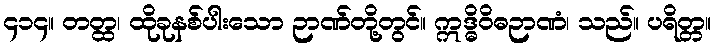
၄၁၄။ တတ္ထ၊ ထိုခုနစ်ပါးသော ဉာဏ်တို့တွင်။ ဣဒ္ဓိဝိဓဉာဏံ၊ သည်။ ပရိတ္တ။